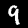
Label: 9